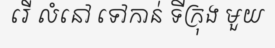
រើ លំនៅ ទៅកាន់ ទីក្រុង មួយ